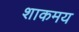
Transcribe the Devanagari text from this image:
शाकमय